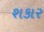
શકાર